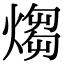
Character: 煼